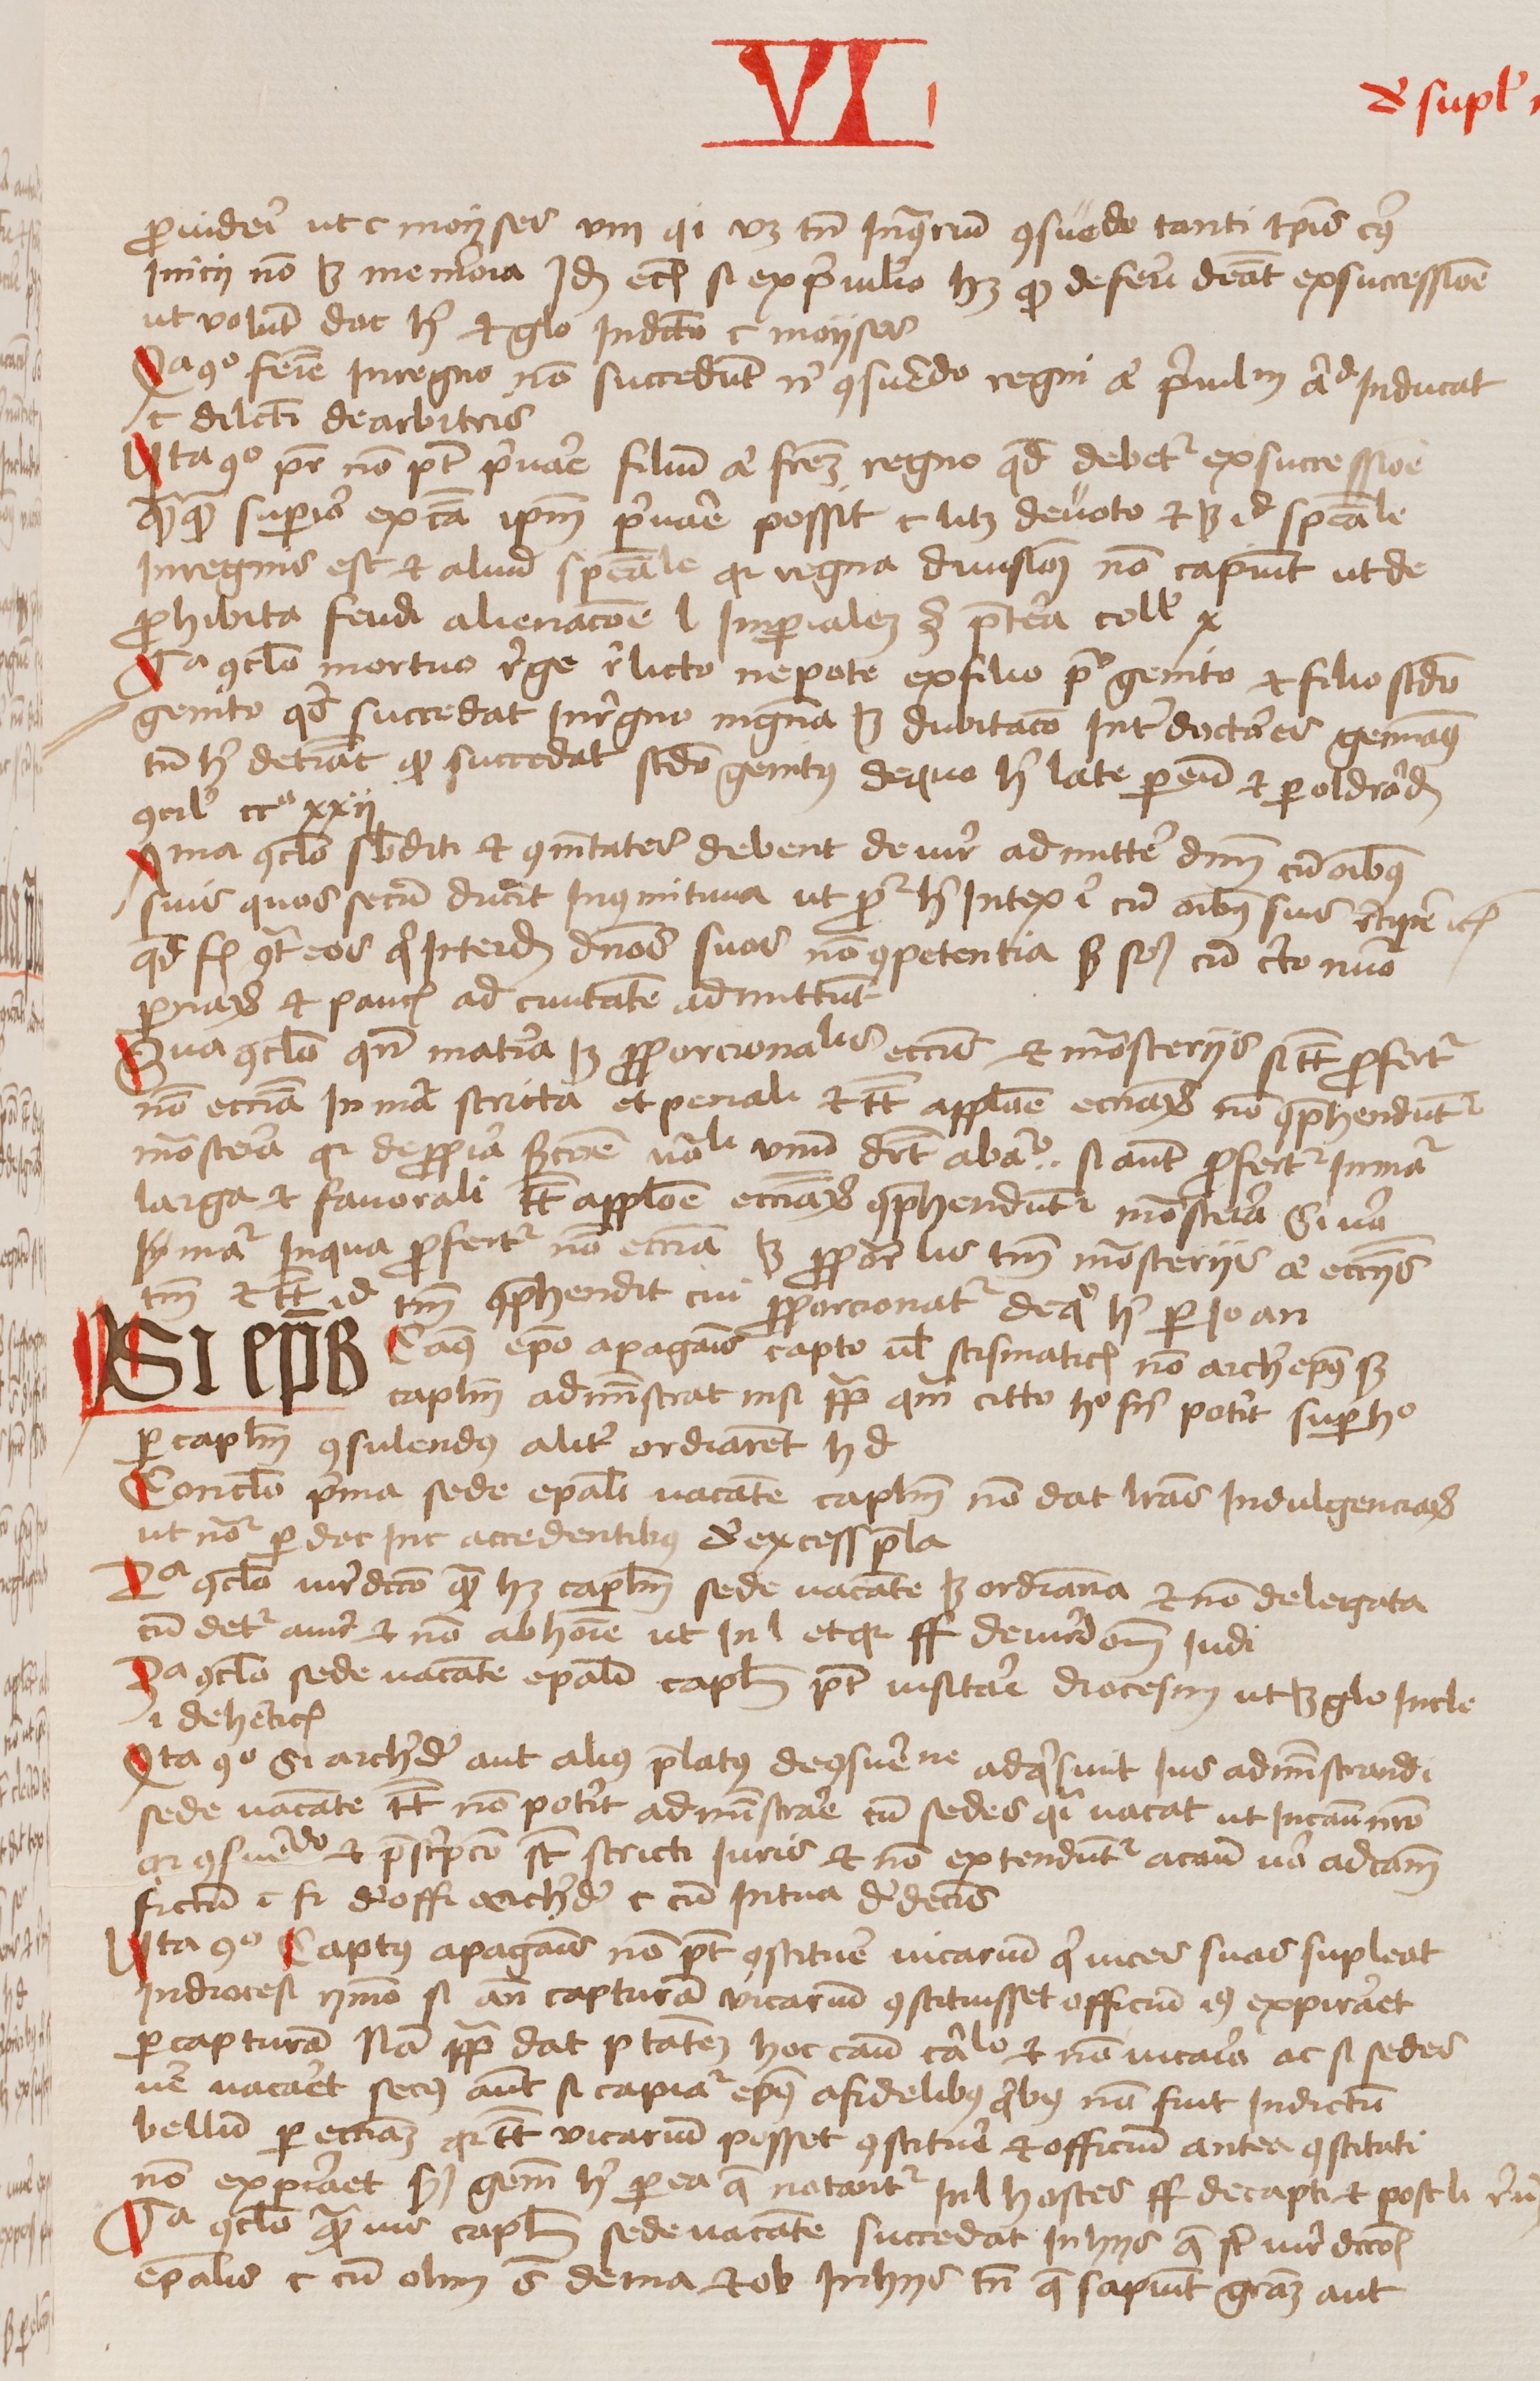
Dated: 1456–1486